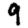
Digit: 9